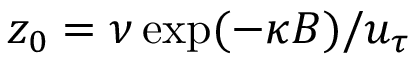
z _ { 0 } = \nu \exp ( - \kappa B ) / u _ { \tau }